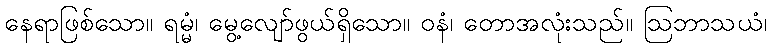
နေရာဖြစ်သော။ ရမ္မံ၊ မွေ့လျော်ဖွယ်ရှိသော။ ဝနံ၊ တောအလုံးသည်။ ဩဘာသယံ၊